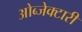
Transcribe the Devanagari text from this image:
ओब्जेक्टारी